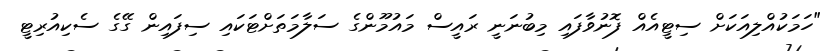
"ހަމަކުއްލިއަކަށް ސިޓީއެއް ފޮނުވާފައި މިބުނަނީ ރައީސް މައުމޫންގެ ސަލާމަތަށްޓަކައި ސިފައިން ގޭގެ ސެކިއުރިޓީ